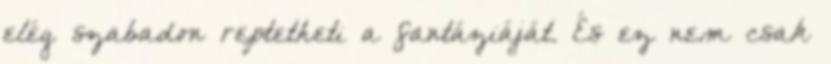
elég szabadon reptetheti a fantáziáját. És ez nem csak